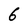
Character: 6